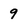
Character: 9